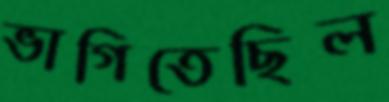
ভাগিতেছিল